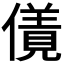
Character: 𠏌